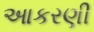
આકરણી